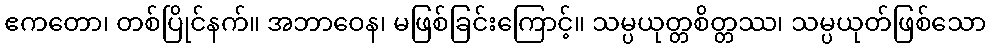
ဧကတော၊ တစ်ပြိုင်နက်။ အဘာဝေန၊ မဖြစ်ခြင်းကြောင့်။ သမ္ပယုတ္တစိတ္တဿ၊ သမ္ပယုတ်ဖြစ်သော